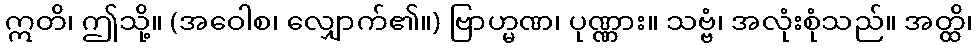
ဣတိ၊ ဤသို့။ (အဝေါစ၊ လျှောက်၏။) ဗြာဟ္မဏ၊ ပုဏ္ဏား။ သဗ္ဗံ၊ အလုံးစုံသည်။ အတ္ထိ၊